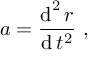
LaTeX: { \boldsymbol { a } } = { \frac { \operatorname { d } ^ { 2 } { \boldsymbol { r } } } { \operatorname { d } t ^ { 2 } } } \ ,